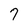
Character: 7